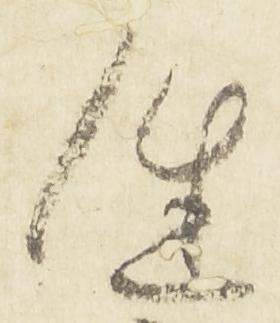
進